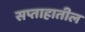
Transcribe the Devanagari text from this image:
सप्ताहातील